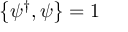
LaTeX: \left\{ \psi ^ { \dagger } , \psi \right\} = 1